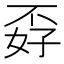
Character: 孬